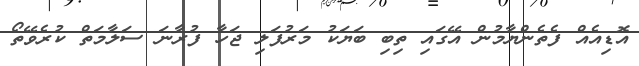
އޮޑިއެއް ފެތެންޔާމުން އޭގައި ތިބި ބަޔަކު މަރުފަލި ޖަހާ ފުރާނަ ސަލާމަތް ކުރެވޭތޯ